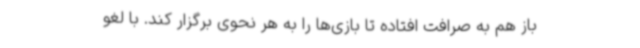
باز هم به صرافت افتاده تا بازی‌ها را به هر نحوی برگزار کند. با لغو